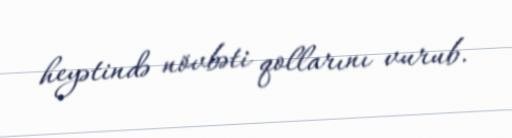
heyətində növbəti qollarını vurub.